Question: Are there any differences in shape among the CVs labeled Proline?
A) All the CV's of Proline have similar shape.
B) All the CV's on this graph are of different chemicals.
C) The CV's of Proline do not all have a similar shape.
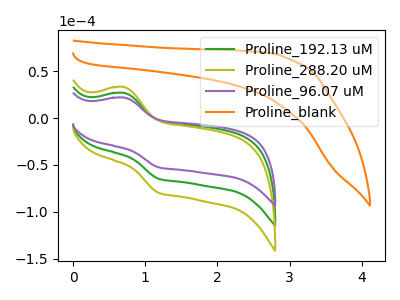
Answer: <think>The green curve "Proline_192.13 uM" has an anodic peak at (0.70V, 26.75uA) and a cathodic peak at (1.20V, -64.50uA). The olive curve "Proline_288.20 uM" has an anodic peak at (0.70V, 53.55uA) and a cathodic peak at (1.20V, -128.95uA). The purple curve "Proline_96.07 uM" has an anodic peak at (0.70V, 21.75uA) and a cathodic peak at (1.20V, -52.35uA). The orange curve "Proline_blank" has no peaks.
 All the peaks in "Proline_192.13 uM" have a peak in "Proline_288.20 uM" at the same potential. Every peak in "Proline_192.13 uM" is lower than every peak in "Proline_288.20 uM". All the peaks in "Proline_192.13 uM" have a peak in "Proline_96.07 uM" at the same potential. Every peak in "Proline_192.13 uM" is higher than every peak in "Proline_96.07 uM". "Proline_192.13 uM" and "Proline_blank" have a different number of peaks. All the peaks in "Proline_288.20 uM" have a peak in "Proline_96.07 uM" at the same potential. Every peak in "Proline_288.20 uM" is higher than every peak in "Proline_96.07 uM". "Proline_288.20 uM" and "Proline_blank" have a different number of peaks. "Proline_96.07 uM" and "Proline_blank" have a different number of peaks.</think>
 <answer>A) All the CV's of "Proline" have similar shape.</answer>
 <eval>A</eval>